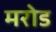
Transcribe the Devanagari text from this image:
मरोड